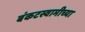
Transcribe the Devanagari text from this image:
बंकटस्वामीच्या